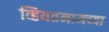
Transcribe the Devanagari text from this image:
व्हियतनामच्या